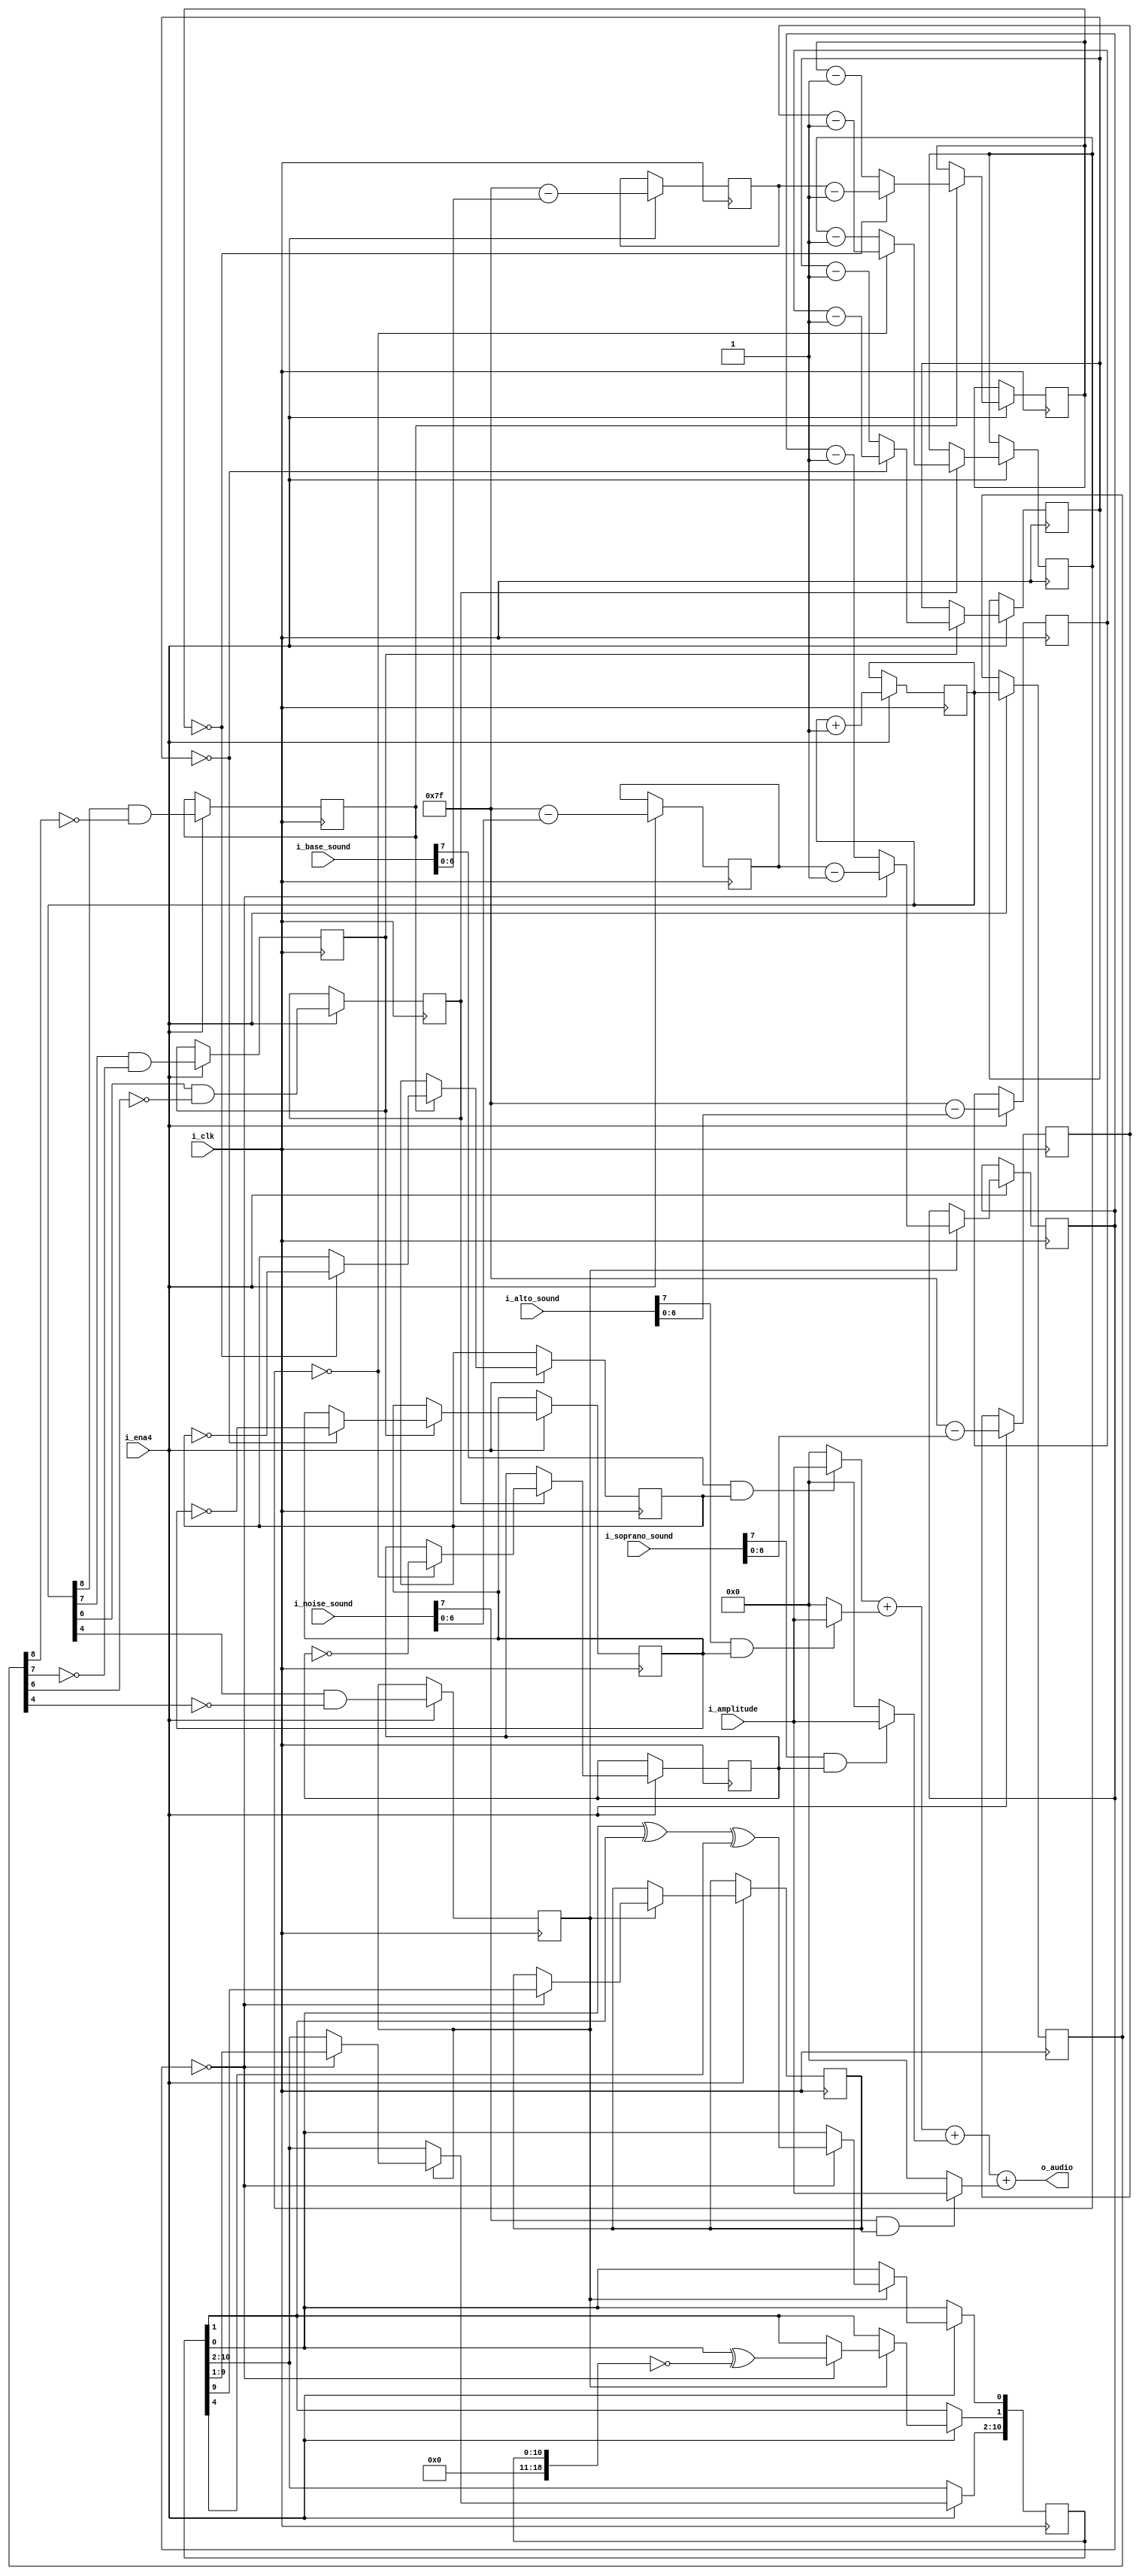
`default_nettype none
module audio (
  input        i_clk,
  input        i_ena4,
  input [3:0]  i_amplitude,
  input [7:0]  i_base_sound,
  input [7:0]  i_alto_sound,
  input [7:0]  i_soprano_sound,
  input [7:0]  i_noise_sound,
  output [5:0] o_audio
);

  reg [9:0] audio_div = 0;
  reg [9:0] audio_div_t1 = 0;
  reg audio_div_256;
  reg audio_div_128;
  reg audio_div_64;
  reg audio_div_16;

  reg base_sg;
  reg [6:0] base_sg_freq;
  reg [6:0] base_sg_cnt = 0;

  reg alto_sg;
  reg [6:0] alto_sg_freq;
  reg [6:0] alto_sg_cnt;

  reg soprano_sg;
  reg [6:0] soprano_sg_freq;
  reg [6:0] soprano_sg_cnt;

  reg  noise_sg;
  reg [6:0] noise_sg_freq;
  reg [6:0] noise_sg_cnt = 0;
  reg [18:0]  noise_gen = 0;

  reg [3:0] audio_wav;
  reg [7:0] audio_mul_out;

  wire noise_zero = (noise_gen == 0);
  
  always @(posedge i_clk) begin
    // bass       freq f=Phi2/256/(128-(($900a+1)&127))
    // alto       freq f=Phi2/128/(128-(($900b+1)&127))
    // soprano    freq f=Phi2/64/(128-(($900c+1) &127))
    // noise      freq f=Phi2/32/(128-(($900d+1) &127)) -- not true about the divider !
    if (i_ena4) begin
      audio_div <= audio_div + 1;
      audio_div_t1 <= audio_div;
      //  /256 /4 (phi = clk4 /4) *2 as toggling output
      audio_div_256 <= audio_div[8] & !audio_div_t1[8];
      audio_div_128 <= audio_div[7] & !audio_div_t1[7];
      audio_div_64  <= audio_div[6] & !audio_div_t1[6];
      audio_div_16  <= audio_div[4] & !audio_div_t1[4];
    end 
  end

  always @(posedge i_clk) begin
    if (i_ena4) begin
      base_sg_freq    <= 7'b1111111 - i_base_sound[6:0];
      alto_sg_freq    <= 7'b1111111 - i_alto_sound[6:0];
      soprano_sg_freq <= 7'b1111111 - i_soprano_sound[6:0];
      noise_sg_freq   <= 7'b1111111 - i_noise_sound[6:0];

      if (audio_div_256) begin
        if (base_sg_cnt == 0) begin
          base_sg_cnt <= base_sg_freq[6:0] - 1; // note wrap around for 0 case
          base_sg <= !base_sg;
        end else begin
          base_sg_cnt <= base_sg_cnt - 1;
        end
      end

      if (audio_div_128) begin
        if (alto_sg_cnt == 0) begin
          alto_sg_cnt <= alto_sg_freq[6:0] - 1;
          alto_sg <= !alto_sg;
        end else begin
          alto_sg_cnt <= alto_sg_cnt - 1;
        end
      end

      if (audio_div_64) begin
        if (soprano_sg_cnt == 0) begin
          soprano_sg_cnt <= soprano_sg_freq[6:0] - 1;
          soprano_sg <= !soprano_sg;
        end else begin
          soprano_sg_cnt <= soprano_sg_cnt - 1;
        end
      end

      if (audio_div_16) begin
        if (noise_sg_cnt == 0) begin
          noise_sg_cnt <= noise_sg_freq[6:0] - 1;
          noise_gen[10:2] <= noise_gen[17:1];
          noise_gen[1] <= noise_gen[0] ^ noise_zero;
          noise_gen[0] <= noise_gen[0] ^ noise_gen[1] ^ noise_gen[4] ^ noise_gen[18];
          noise_sg <= noise_gen[9];
        end else begin
          noise_sg_cnt <= noise_sg_cnt - 1;
        end
      end
    end
  end

  // Mixer
  assign o_audio = (i_base_sound[7] & base_sg ? {2'b0, i_amplitude} : 6'b0) +
	           (i_alto_sound[7] & alto_sg ? {2'b0, i_amplitude} : 6'b0) +
	    	   (i_soprano_sound[7] & soprano_sg ? {2'b0, i_amplitude} : 6'b0) +
                   (i_noise_sound[7] & noise_sg ? {2'b0, i_amplitude} : 6'b0);
endmodule